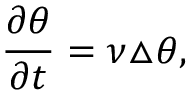
\frac { \partial \theta } { \partial t } = \nu \triangle \theta ,